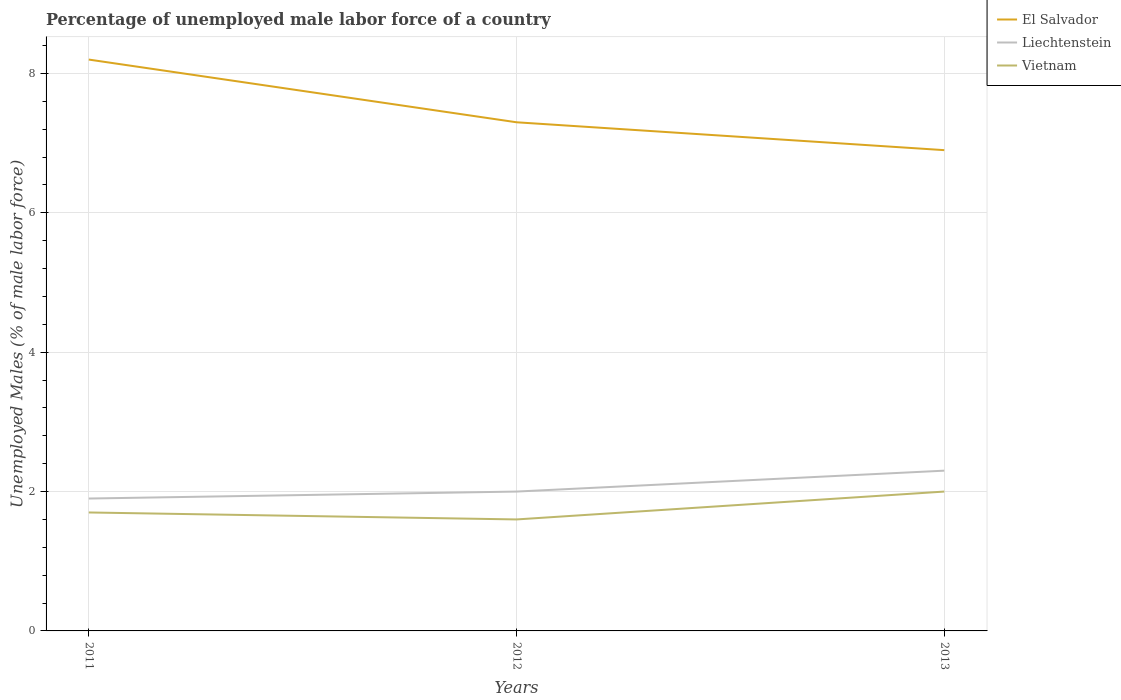
| Years | El Salvador | Liechtenstein | Vietnam |
 | --- | --- | --- | --- |
 | 2011 | 8.2 | 1.9 | 1.7 |
 | 2012 | 7.3 | 2 | 1.6 |
 | 2013 | 6.9 | 2.3 | 2 |